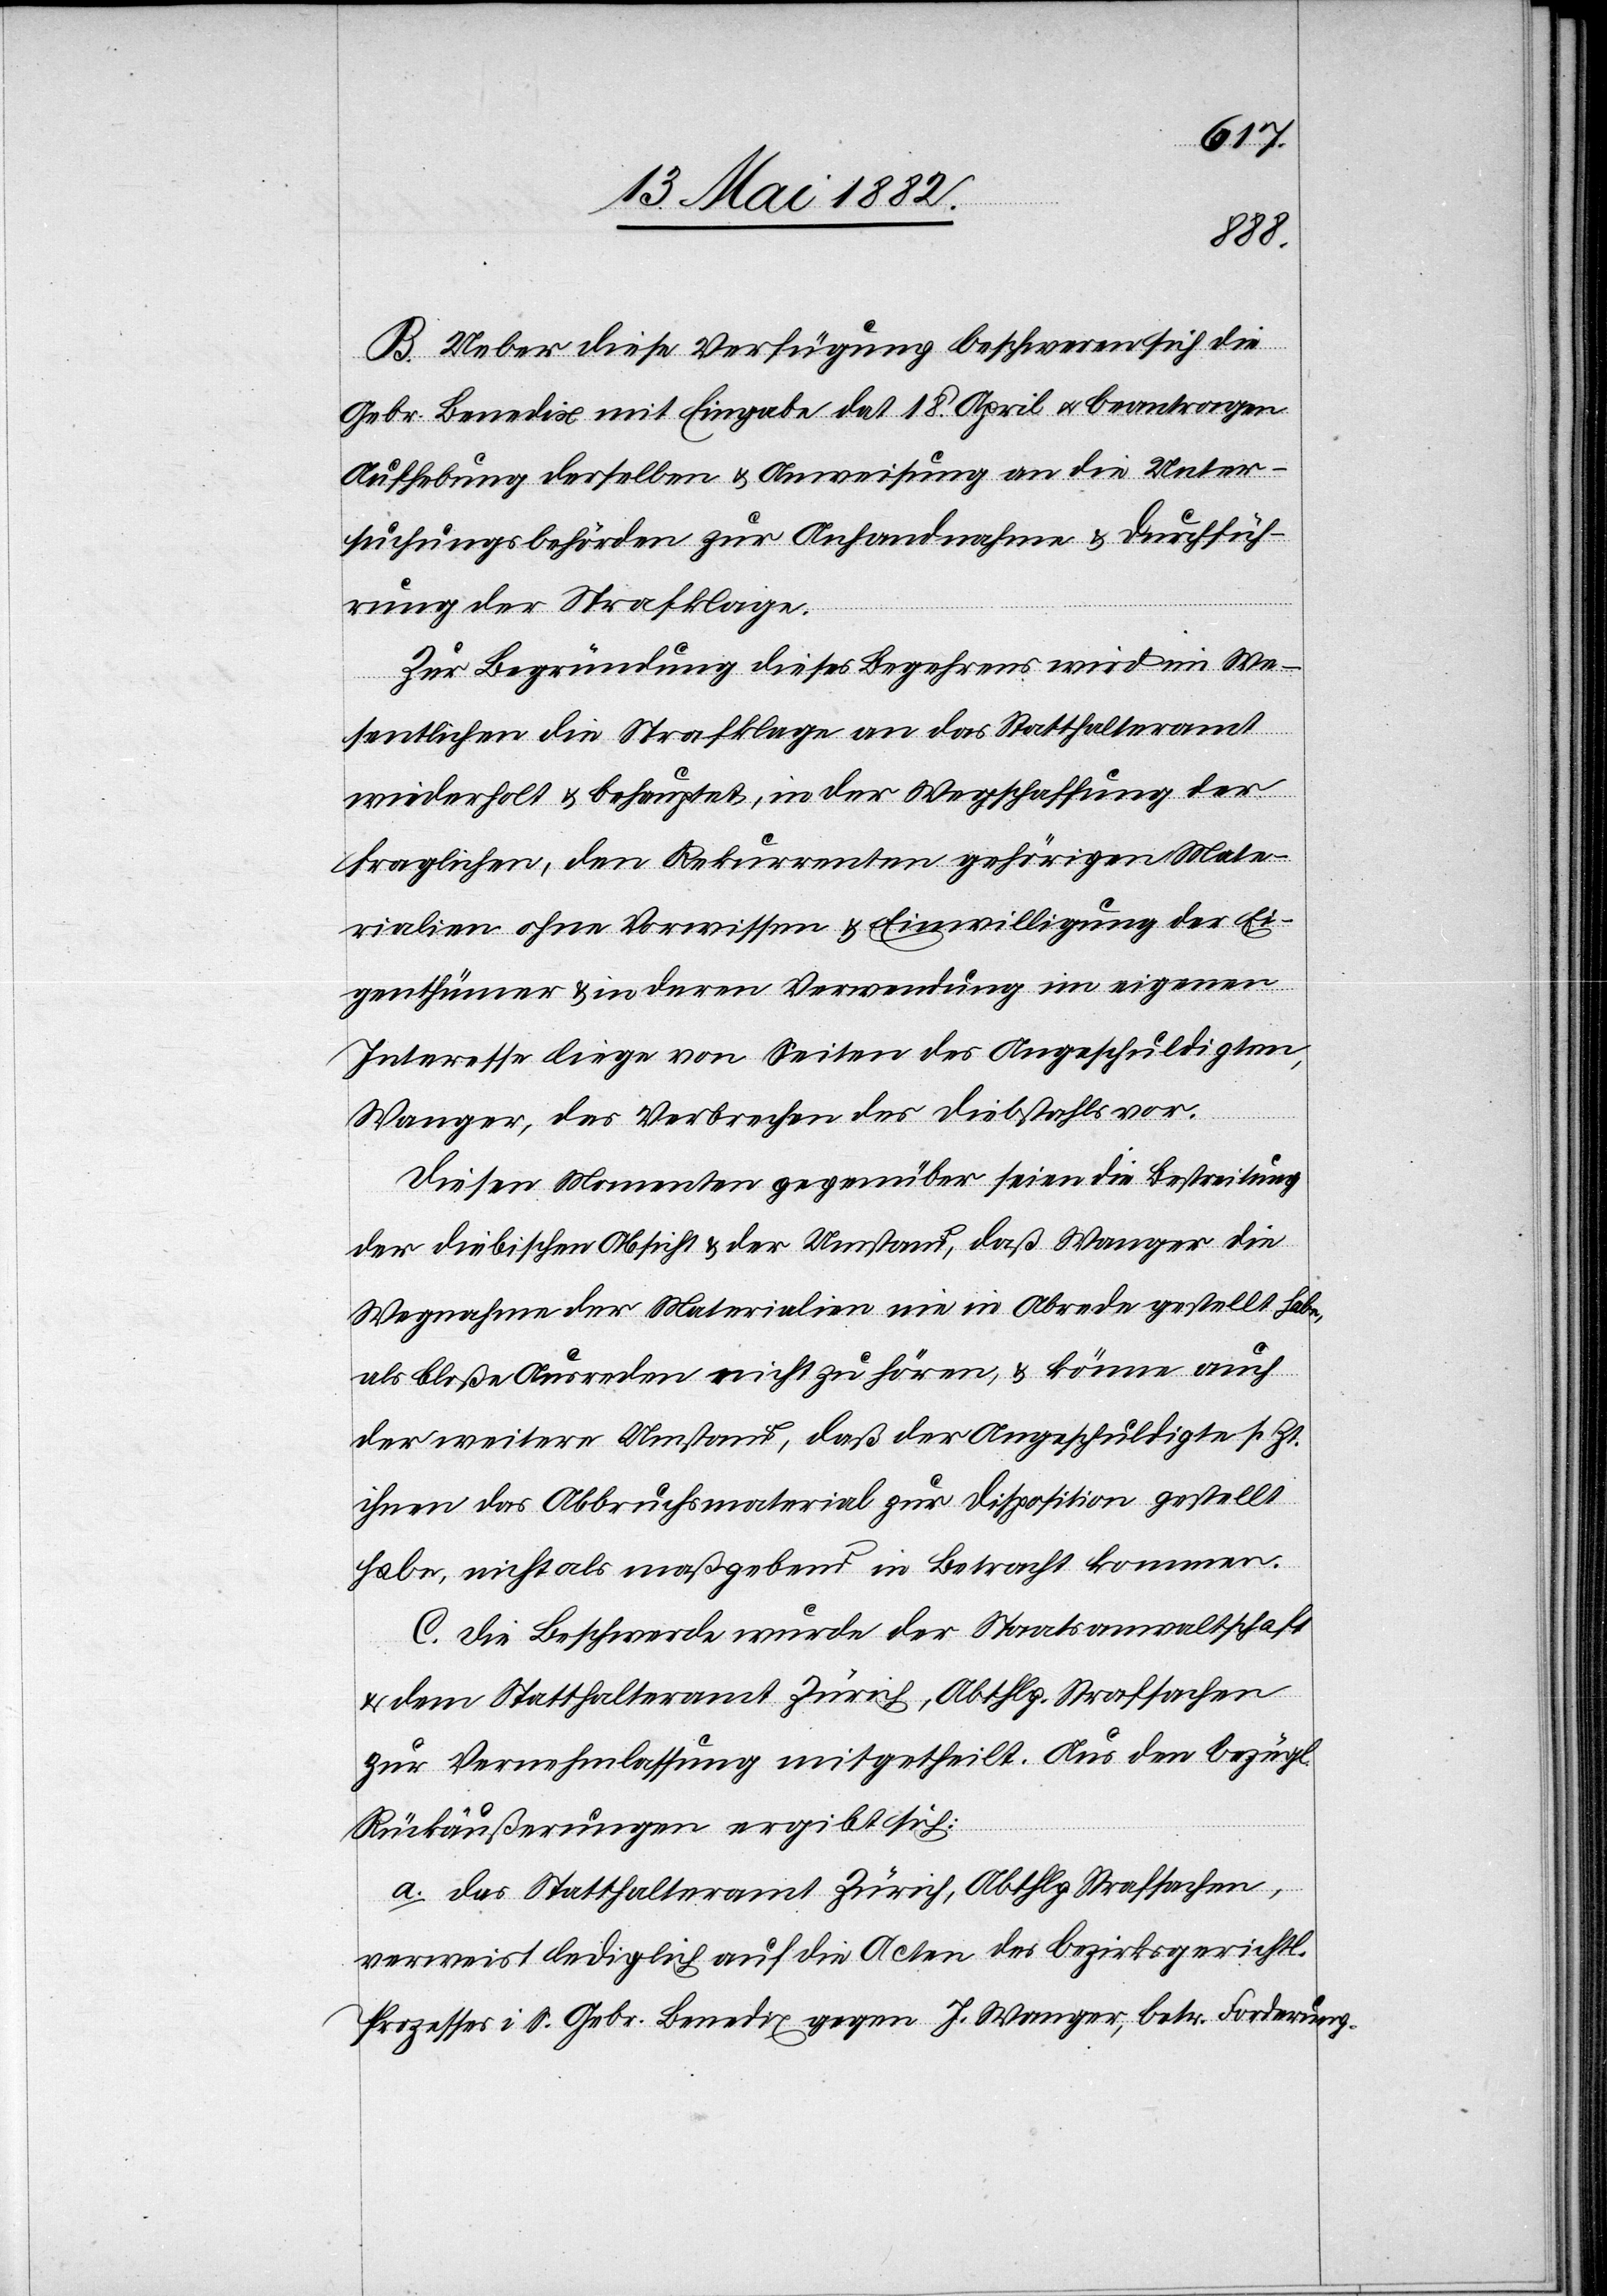
B. Ueber diese Verfügung beschweren sich die
Gebr. Benedix mit Eingabe dat. 18. April u. beantragen
Aufhebung derselben & Anweisung an die Unter¬
suchungsbehörden zur Anhandnahme & Durchfüh¬
rung der Strafklage.
Zur Begründung dieses Begehrens wird im We¬
sentlichen die Strafklage an das Statthalteramt
wiederholt & behauptet, in der Wegschaffung der
fraglichen, den Rekurrenten gehörigen Mate¬
rialien ohne Vorwissen & Einwilligung der Ei¬
genthümer & in deren Verwendung im eigenen
Interesse liege von Seiten des Angeschuldigten,
Wagner, das Verbrechen des Diebstahles vor.
Diesen Momenten gegenüber seien die Bestreitung
der diebischen Absicht & der Umstand, daß Wagner die
Wegnahme der Materialien in Abrede gestellt habe,
als bloße Ausreden nicht zu hören, & könne auch
der weitere Umstand, daß der Angeschuldigte sr. Zt.
ihnen das Abbruchsmaterial zur Disposition gestellt
habe, nicht als maßgebend in Betracht kommen.
C. Die Beschwerde wurde der Staatsanwaltschaft
& dem Statthalteramt Zürich, Abthlg. Strafsachen
zur Vernehmlassung mitgetheilt. Aus den bezügl.
Rückäußerungen ergibt sich:
a. Das Statthalteramt Zürich, Abthlg. Strafsachen,
verweist lediglich auf die Acten des bezirksgerichtl.
Prozesses i. S. Gebr. Benedix gegen J. Wagner, betr. Forderung.